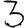
Digit: 3